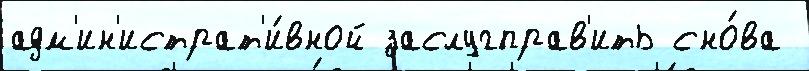
адм'ин'истрат'и́вной заслугправ'ить сно́ва